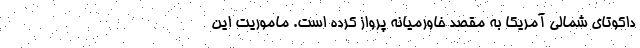
داکوتای شمالی آمریکا به مقصد خاورمیانه پرواز کرده است. ماموریت این